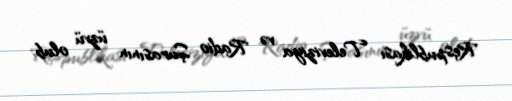
Respublikası Televiziya və Radio Şurasının üzvü olub.